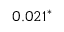
0 . 0 2 1 ^ { * }